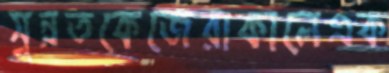
সুন্নতকেজেরাকালেএক